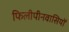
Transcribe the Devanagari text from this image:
फिलीपीनवासियों